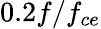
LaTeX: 0.2f/f_{ce}